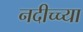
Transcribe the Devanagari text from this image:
नदीच्च्या